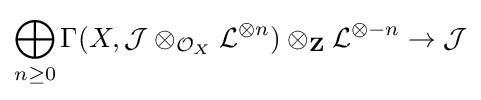
\bigoplus _{n\geq 0}\Gamma (X,{\mathcal {J}}\otimes _{{\mathcal {O}}_{X}}{\mathcal {L}}^{\otimes n})\otimes _{\mathbf {Z} }{\mathcal {L}}^{\otimes {-n}}\to {\mathcal {J}}